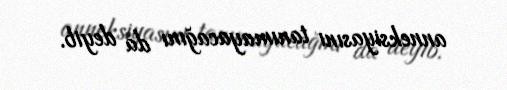
anneksiyasını tanımayacağını da deyib.